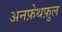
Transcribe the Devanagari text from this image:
अनफ़ेथफ़ुल